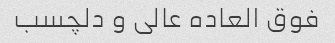
فوق العاده عالی و دلچسب